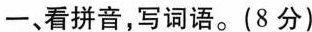
一、看拼音，写词语。(8分)